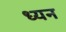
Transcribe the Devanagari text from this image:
ध्यन